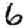
Digit: 6